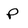
Character: P